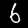
Label: 6